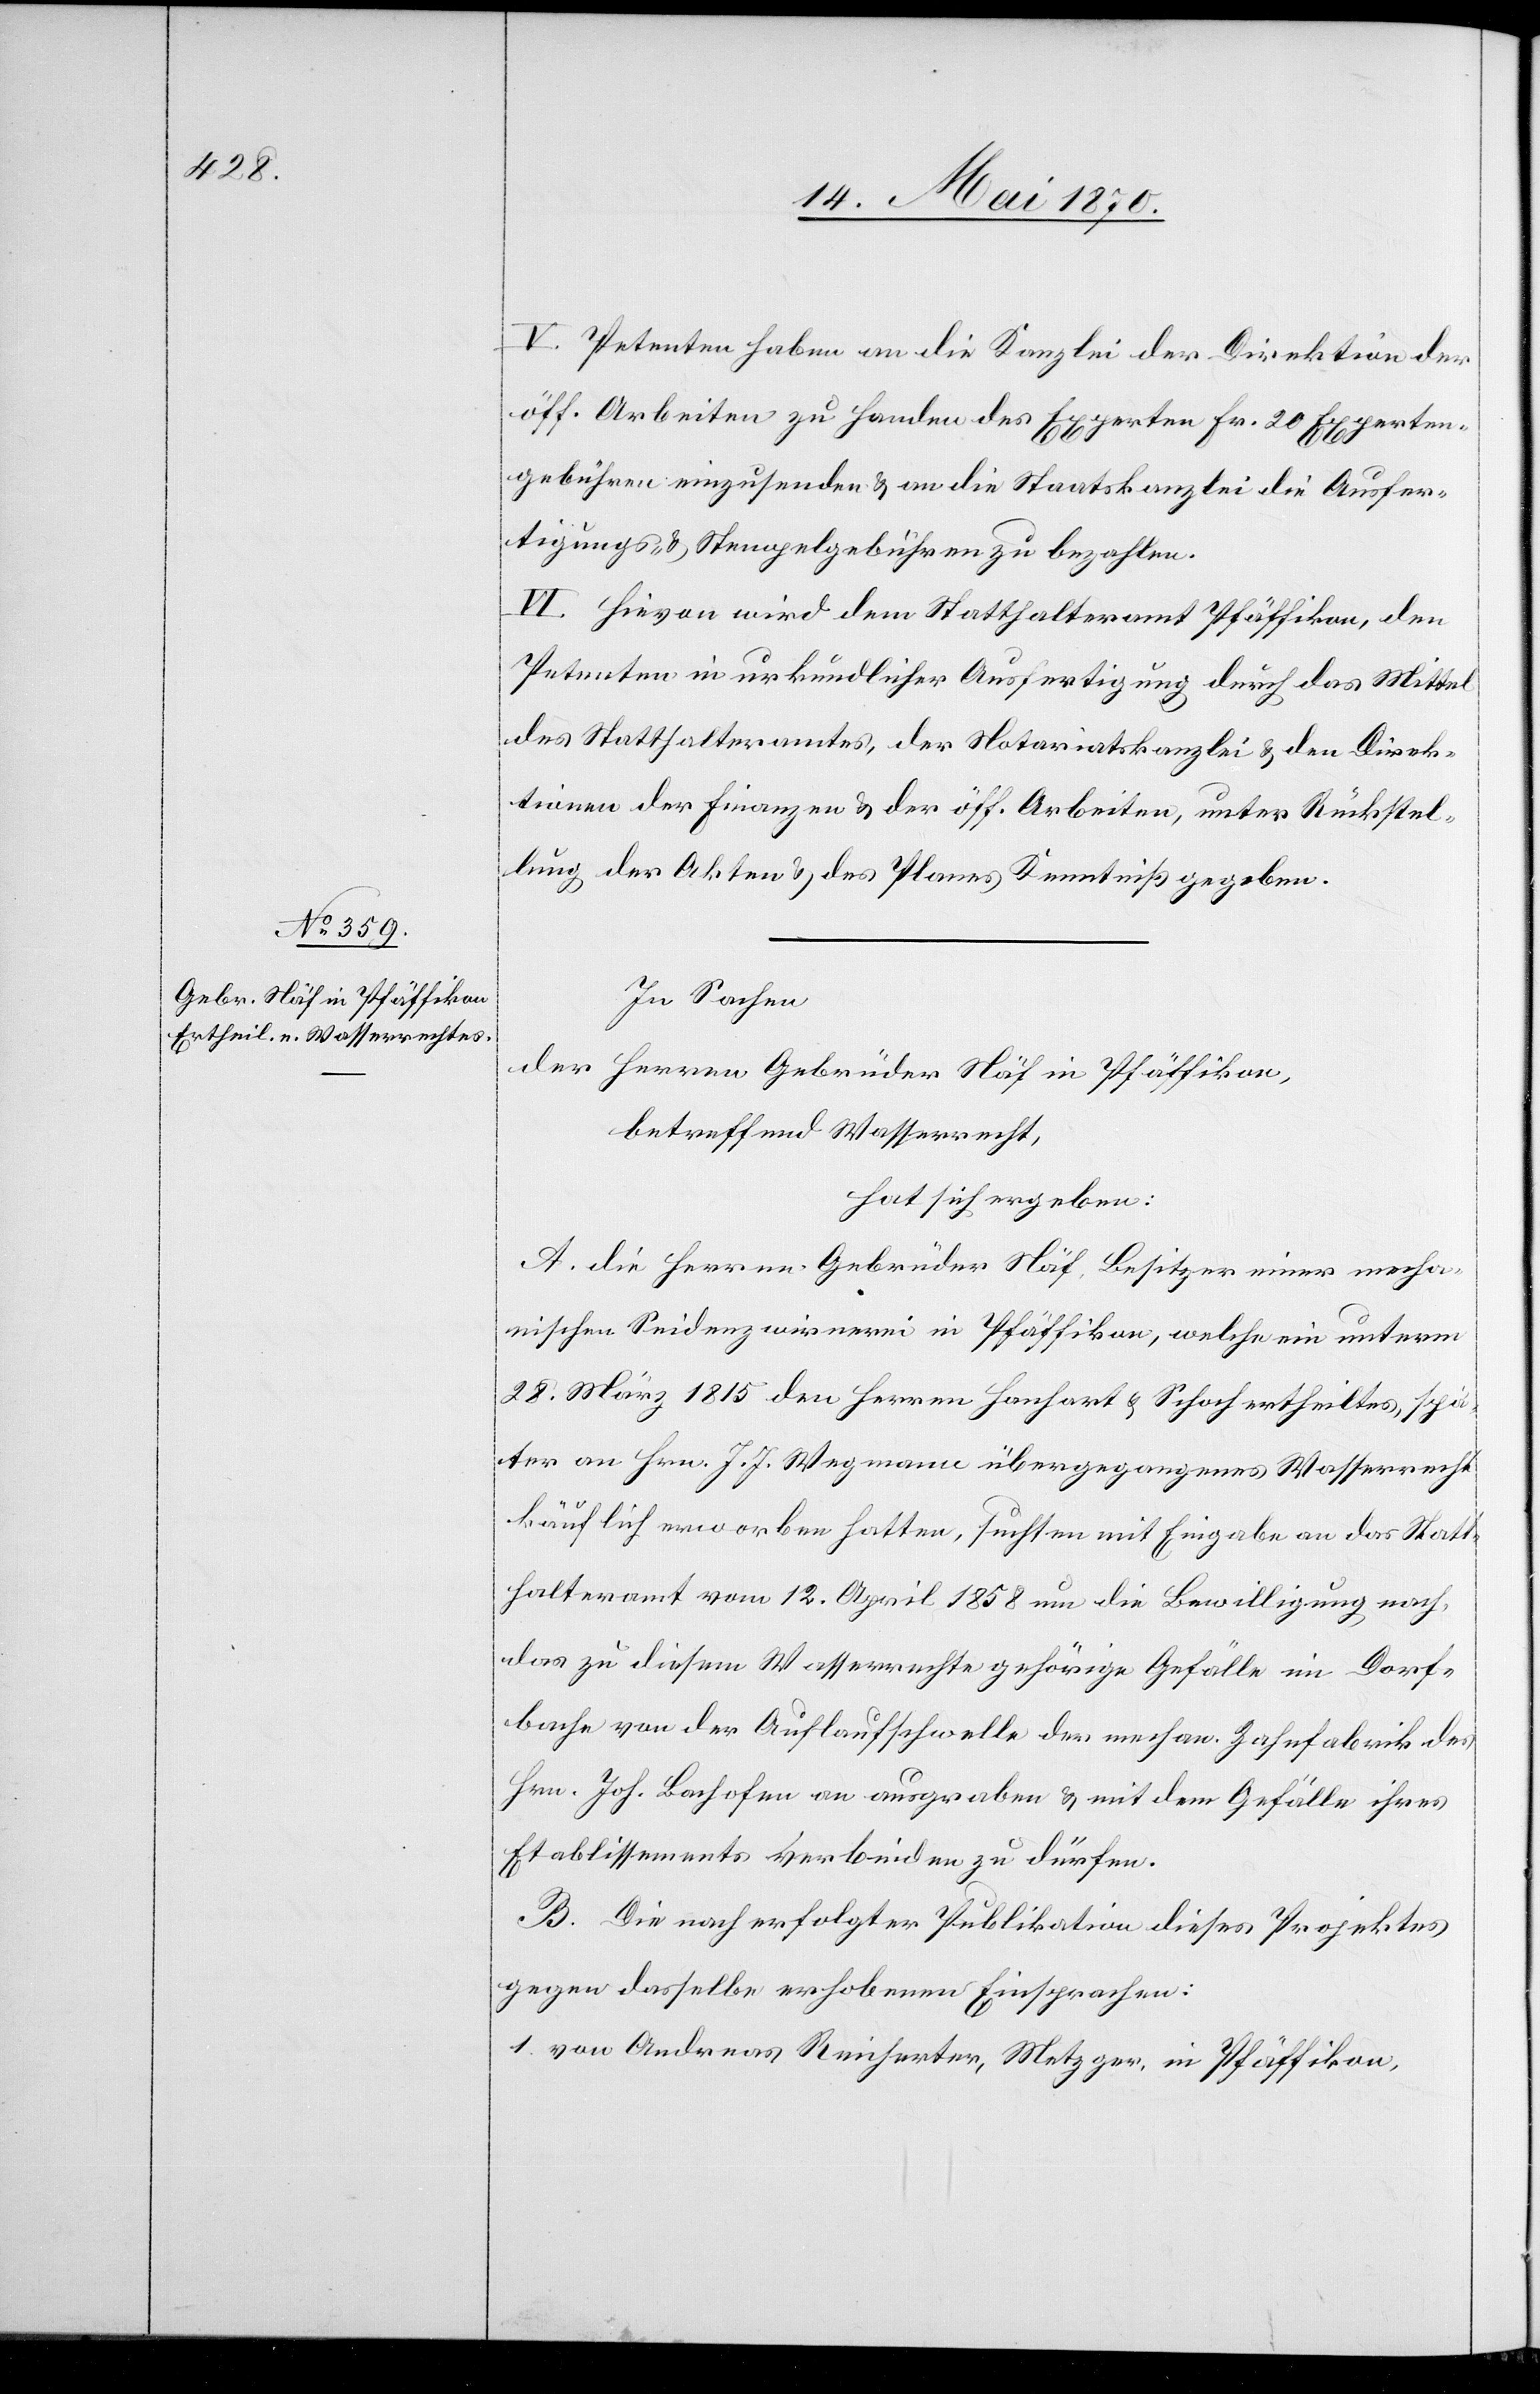
V. Petenten haben an die Kanzlei der Direktion der
öff. Arbeiten zu Handen des Experten Fr. 20 Experten¬
gebühren einzusenden & an die Staatskanzlei die Ausfer¬
tigungs- & Stempelgebühren zu bezahlen.
VI. Hievon wird dem Statthalteramte Pfäffikon, den
Petenten in urkundlicher Ausfertigung durch das Mittel
des Statthalteramtes, der Notariatskanzlei & den Direk¬
tionen der Finanzen & der öff. Arbeiten, unter Rückstel¬
lung der Akten & des Planes Kenntniß gegeben.
In Sachen
der Herren Gebrüder Näf in Pfäffikon,
betreffend Wasserrecht,
hat sich ergeben:
A. die Herren Gebrüder Näf, Besitzer einer mecha¬
nischen Seidenzwirnerei in Pfäffikon, welche ein unterm
28. März 1815 den Herren Hanhart & Schoch ertheiltes, spä¬
ter an Hrn. J. J. Wegmann übergegangenes Wasserrecht
käuflich erworben hatten, suchten mit Eingabe an das Statt¬
halteramt vom 12. April 1858 um die Bewilligung nach,
das zu diesem Wasserrechte gehörige Gefälle im Dorf¬
bache von der Auflaufschwelle der mechan. Zahnfabrik des
Hrn. Joh. Bachofen an ausgraben & mit dem Gefälle ihres
Etablissements verbinden zu dürfen.
B. Die nach erfolgter Publikation dieses Projektes
gegen dasselbe erhobenen Einsprachen.
1. von Andreas Reicherter, Metzger, in Pfäffikon,